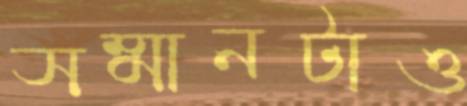
সম্মানটাও